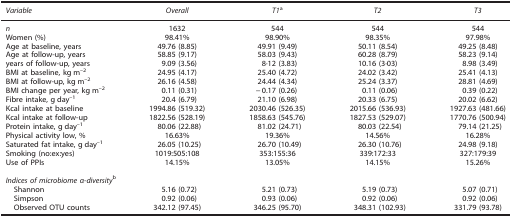
<table><thead><tr><td><b><i>Variable</i></b></td><td><b><i>Overall</i></b></td><td><b><i>T1</i>a</b></td><td><b><i>T2</i></b></td><td><b><i>T3</i></b></td></tr></thead><tbody><tr><td><i>n</i></td><td>1632</td><td>544</td><td>544</td><td>544</td></tr><tr><td>Women (%)</td><td>98.41%</td><td>98.90%</td><td>98.35%</td><td>97.98%</td></tr><tr><td>Age at baseline, years</td><td>49.76 (8.85)</td><td>49.91 (9.49)</td><td>50.11 (8.54)</td><td>49.25 (8.48)</td></tr><tr><td>Age at follow-up, years</td><td>58.85 (9.17)</td><td>58.03 (9.43)</td><td>60.28 (8.79)</td><td>58.23 (9.14)</td></tr><tr><td>years of follow-up, years</td><td>9.09 (3.56)</td><td>8·12 (3.83)</td><td>10.16 (3·03)</td><td>8.98 (3.49)</td></tr><tr><td>BMI at baseline, kg m<sup>–</sup><sup>2</sup></td><td>24.95 (4.17)</td><td>25.40 (4.72)</td><td>24.02 (3.42)</td><td>25.41 (4.13)</td></tr><tr><td>BMI at follow-up, kg m<sup>–2</sup></td><td>26.16 (4.58)</td><td>24.44 (4.34)</td><td>25.24 (3.37)</td><td>28.81 (4.69)</td></tr><tr><td>BMI change per year, kg m<sup>–2</sup></td><td>0.11 (0.31)</td><td>−0.17 (0.26)</td><td>0.11 (0.06)</td><td>0.39 (0.22)</td></tr><tr><td>Fibre intake, g day<sup>–1</sup></td><td>20.4 (6.79)</td><td>21.10 (6.98)</td><td>20.33 (6.75)</td><td>20.02 (6.62)</td></tr><tr><td>Kcal intake at baseline</td><td>1994.86 (519.32)</td><td>2030.46 (526.35)</td><td>2015.66 (536.93)</td><td>1927.63 (481.66)</td></tr><tr><td>Kcal intake at follow-up</td><td>1822.56 (528.19)</td><td>1858.63 (545.76)</td><td>1827.53 (529.07)</td><td>1770.76 (500.94)</td></tr><tr><td>Protein intake, g day<sup>–1</sup></td><td>80.06 (22.88)</td><td>81.02 (24.71)</td><td>80.03 (22.54)</td><td>79.14 (21.25)</td></tr><tr><td>Physical activity low, %</td><td>16.63%</td><td>19.36%</td><td>14.56%</td><td>16.28%</td></tr><tr><td>Saturated fat intake, g day<sup>–1</sup></td><td>26.05 (10.25)</td><td>26.70 (10.49)</td><td>26.30 (10.76)</td><td>24.98 (9.18)</td></tr><tr><td>Smoking (no:ex:yes)</td><td>1019:505:108</td><td>353:155:36</td><td>339:172:33</td><td>327:179:39</td></tr><tr><td>Use of PPIs</td><td>14.15%</td><td>13.05%</td><td>14.15%</td><td>15.26%</td></tr><tr><td> </td><td> </td><td> </td><td> </td><td> </td></tr><tr><td colspan="5"><i>Indices of microbiome α-diversity</i>b</td></tr><tr><td> Shannon</td><td>5.16 (0.72)</td><td>5.21 (0.73)</td><td>5.19 (0.73)</td><td>5.07 (0.71)</td></tr><tr><td> Simpson</td><td>0.92 (0.06)</td><td>0.93 (0.06)</td><td>0.92 (0.06)</td><td>0.92 (0.06)</td></tr><tr><td> Observed OTU counts</td><td>342.12 (97.45)</td><td>346.25 (95.70)</td><td>348.31 (102.93)</td><td>331.79 (93.78)</td></tr></tbody></table>